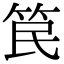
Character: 笢